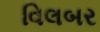
વિલબર